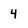
Character: 4